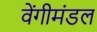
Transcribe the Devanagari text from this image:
वेंगीमंडल